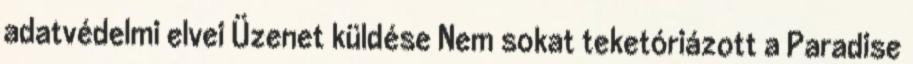
adatvédelmi elvei Üzenet küldése Nem sokat teketóriázott a Paradise